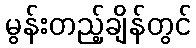
မွန်းတည့်ချိန်တွင်